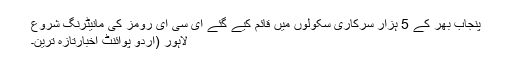
پنجاب بھر کے 5 ہزار سرکاری سکولوں میں قائم کیے گئے ای سی ای رومز کی مانیٹرنگ شروع
لاہور (اُردو پوائنٹ اخبارتازہ ترین۔